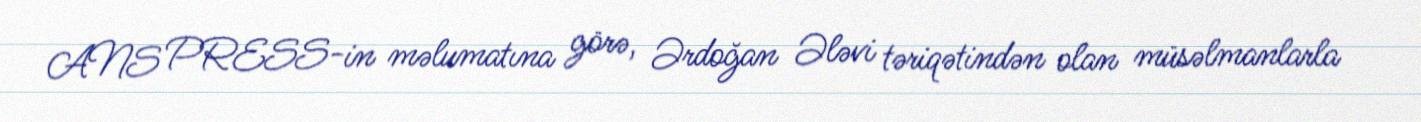
ANS PRESS-in məlumatına görə, Ərdoğan Ələvi təriqətindən olan müsəlmanlarla